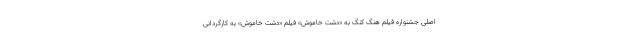
اصلی جشنواره فیلم هنگ کنگ به «دشت خاموش» فیلم «دشت خاموش» به کارگردانی